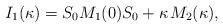
LaTeX: \begin{align*}I_1(\kappa)=S_0M_1(0)S_0+\kappa\;\!M_2(\kappa),\end{align*}